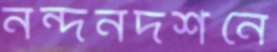
নন্দনদর্শনে